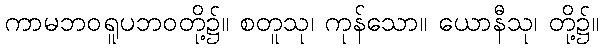
ကာမဘဝရူပဘဝတို့၌။ စတူသု၊ ကုန်သော။ ယောနီသု၊ တို့၌။